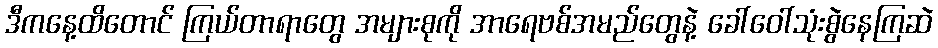
ဒီကနေ့ထိတောင် ကြယ်တာရာတွေ အများစုကို အာရေဗစ်အမည်တွေနဲ့ ခေါ်ဝေါ်သုံးစွဲနေကြဆဲ